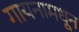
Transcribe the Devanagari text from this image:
गायनामधून